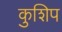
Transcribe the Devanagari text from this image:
कुशिप